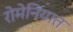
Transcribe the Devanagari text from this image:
रोमेनियात